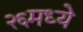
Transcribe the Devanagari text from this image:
२६मध्ये